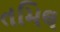
તમિલ